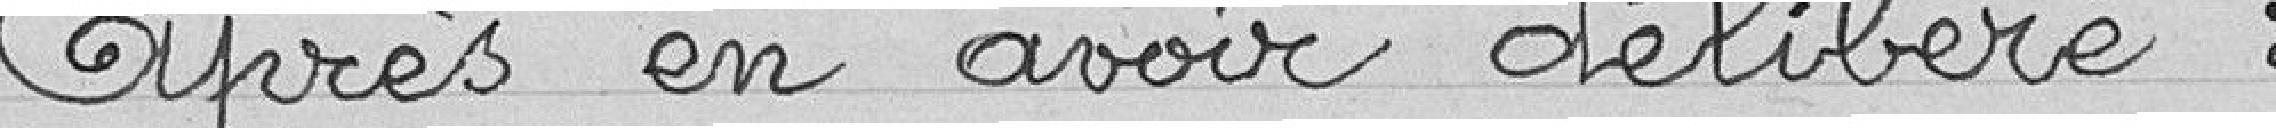
après en avoir délibéré